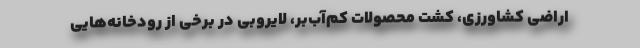
اراضی کشاورزی، کشت محصولات کم‌آب‌بر، لایروبی در برخی از رودخانه‌هایی